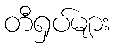
တီရှပ်များ